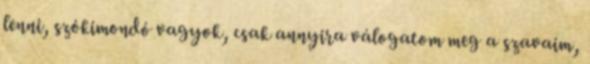
lenni, szókimondó vagyok, csak annyira válogatom meg a szavaim,